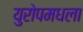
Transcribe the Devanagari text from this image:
युरोपमधला